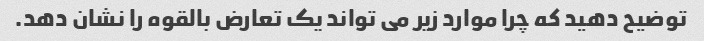
توضیح دهید که چرا موارد زیر می تواند یک تعارض بالقوه را نشان دهد.